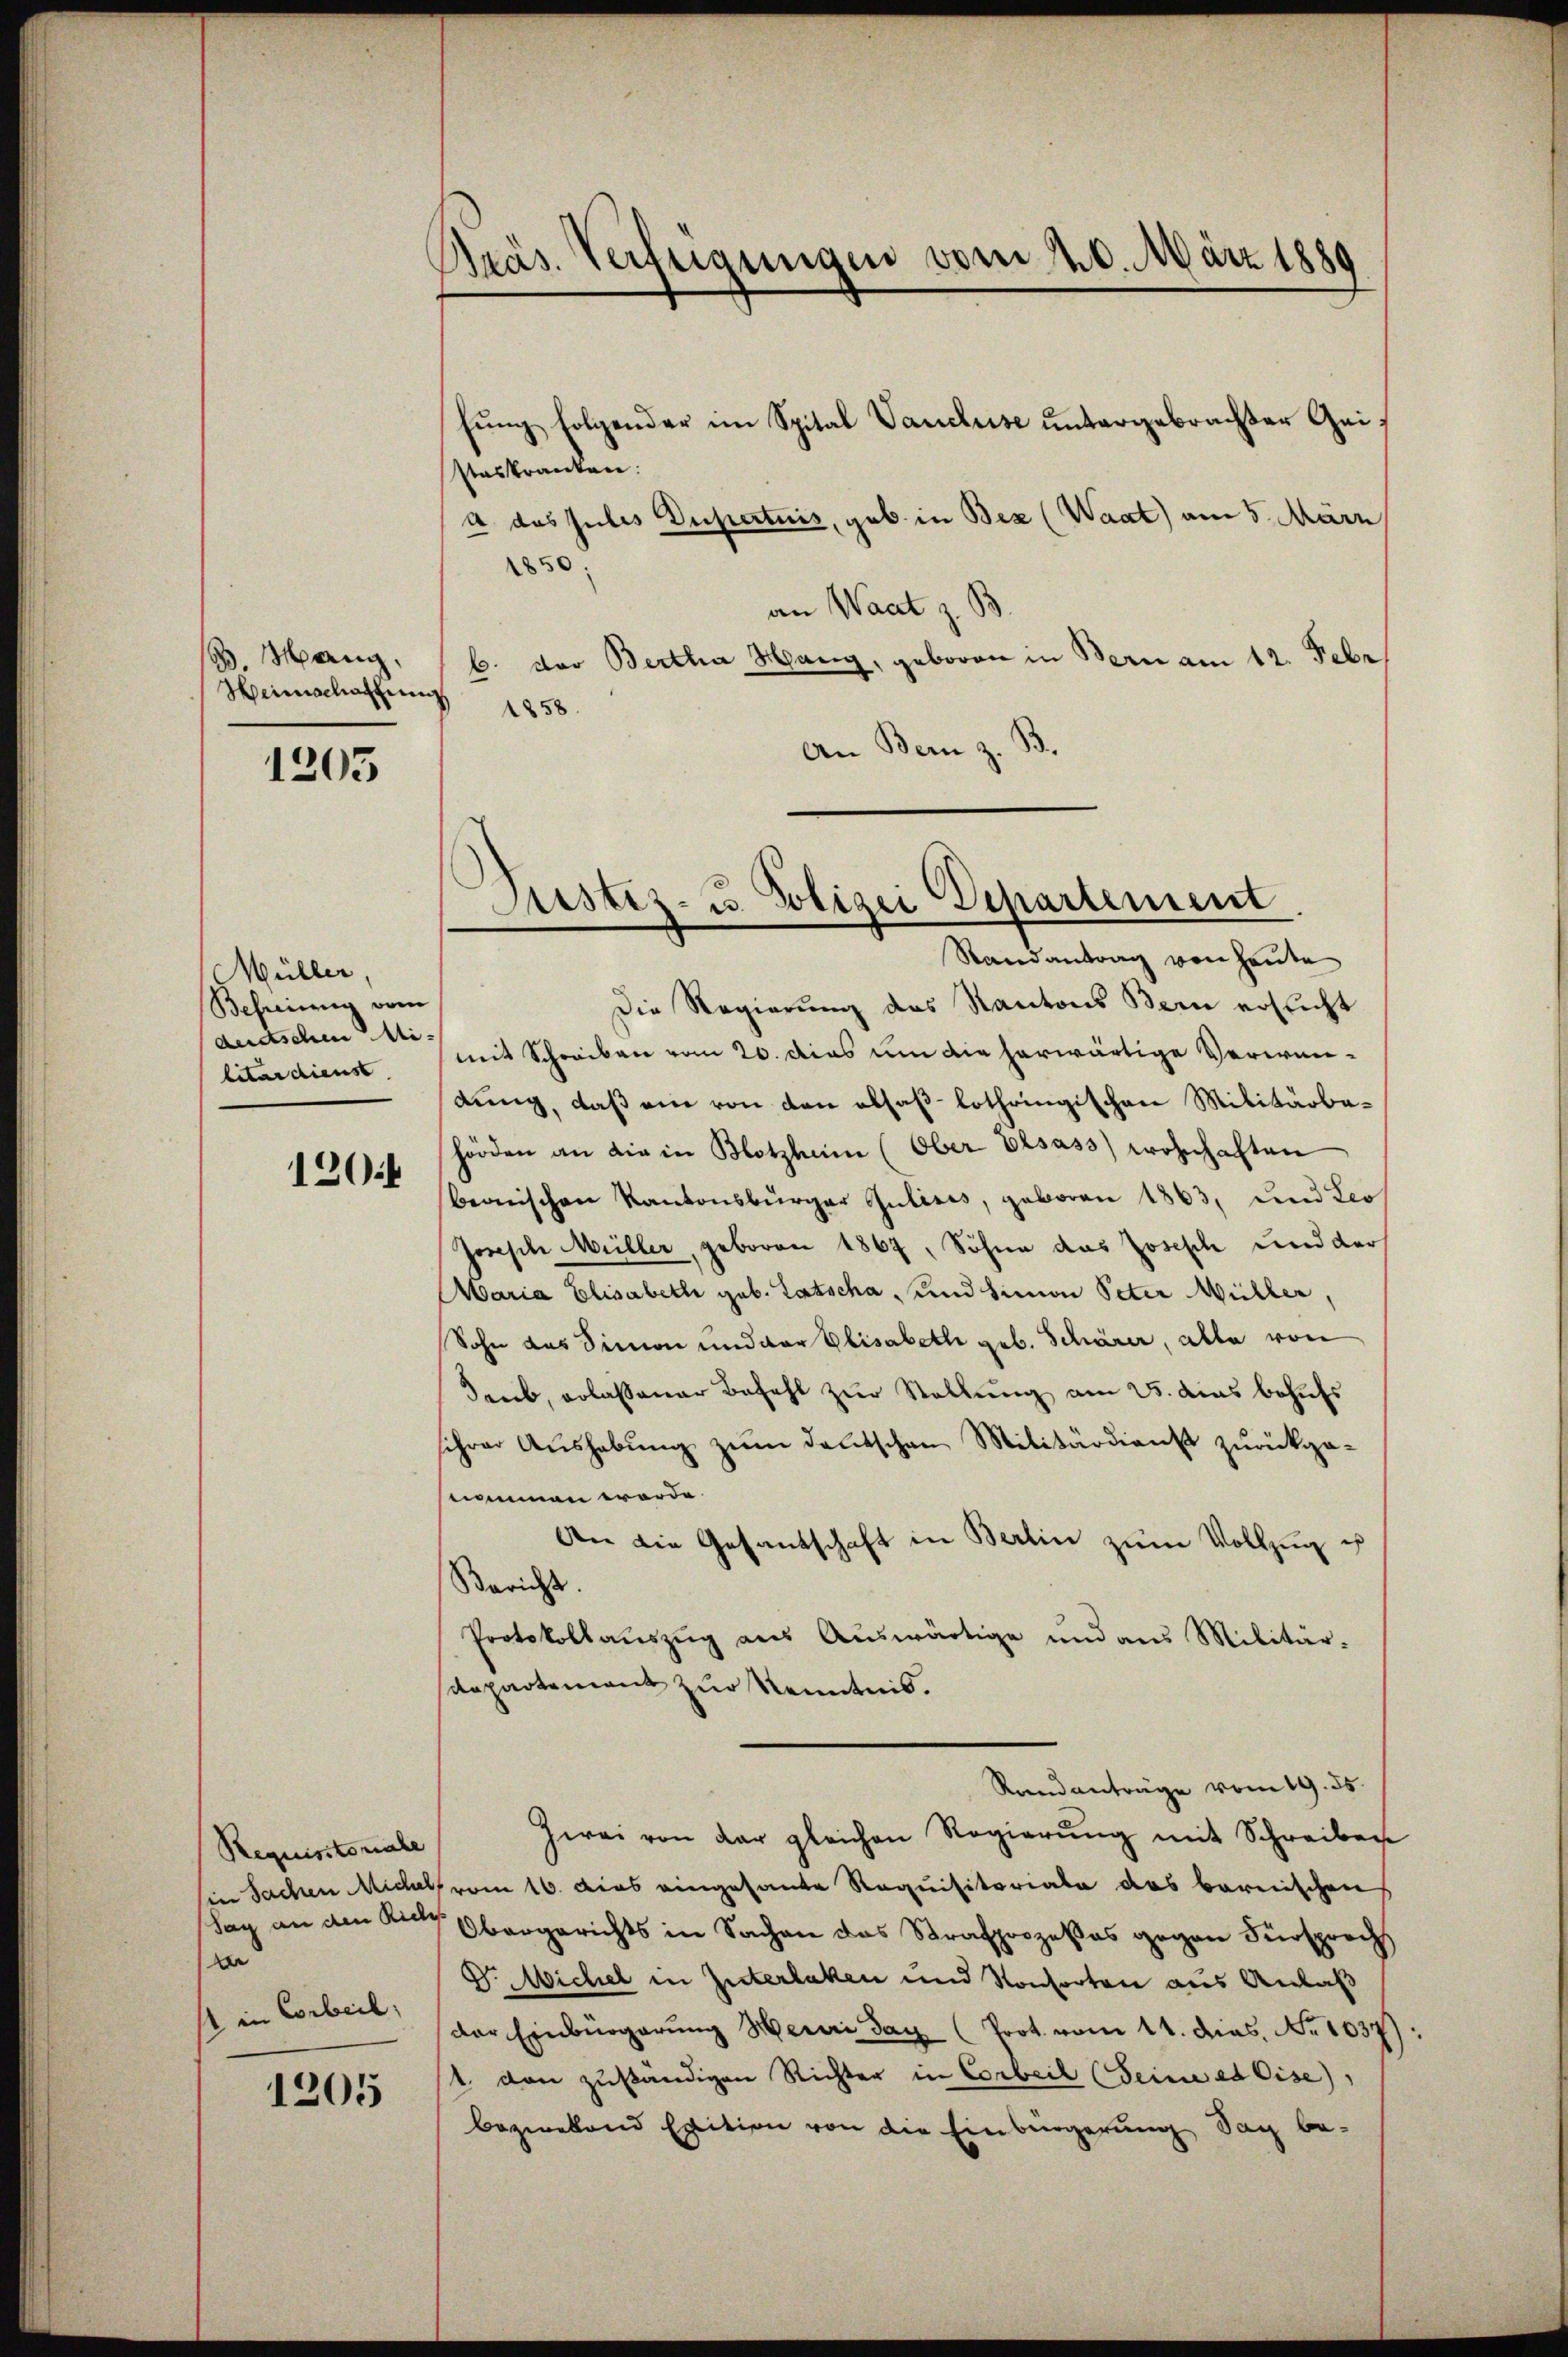
B. Mang
Heimschlagung

1205

Müller
Befreiung vom
deutschen Militärdienst.

1204

Requistoriale
Tag an den Riche
e
s in Corbeil,

1205

Gräs. Verfügungen vom 20. März 1880

fung folgender im Spital Vaudluse untergebrachter Geisteskranken.
a das Julis Dupertuis, geb. in Bez (Waat) am 5. März
1850.
an Waat z. B.
b. der Bertha Hang, geboren in Bern am 12. Febr.
1858.
An Bern z. B.

Justiz- u. Polizei Departement
Randantrag von heute

Die Regierung des Kantons Bern ersucht
mit Schreiben vom 20. dies um die herwärtige Verwendung, daß ein von den abfaßlothringischen Militärbahörden an die in Blotzheim (Ober Elsass wohnhaften
beonischen Kantonsbürger Julises, geboren 1863, und Leo¬
Joseph Müller, geboren 1867, Sohne das Zosisch und der
aria Elisabeth geb. Latscha und Simon Peter Müller,
Sohn das Simon und der Elisabeth geb. Schärer, alle von
Seub, erlassener Befehl zur Stellung am 25. dies behufs
schen Aŭshabŭng zŭm deutschen Militärdienst zŭrückga-
nimmen werde.
An die Gesandschaft in Berlin zum Vollzug u
Bericht.
Protokollaŭszŭg aŭs Aŭswärtige und aus Militär-
departement zur Kenntnis.
Randanträge vom 19. ds.
Zwei von der gleichen Regierŭng mit Schreiben
Ein Sachen Michels vom 16. dies eingesante Requisitoriale das barnischen
Obergerichts in Sachen das Strafprozeßes gegen Fürsproch
D.Wichel in Guterlaken und Konsorten aus Anlaß
der Einbürgerŭng Henri Tag (Prot. vom 11. Das No 1037)
t. von zuständigen Richter in Corbeil (Seine es Eise
beziehend Exition von die Einbürgerung Sag be-